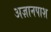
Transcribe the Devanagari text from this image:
अज्ञानपाश